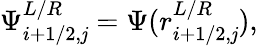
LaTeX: \Psi_{i+1/2,\mathit{j}}^{L/R}=\Psi(r_{i+1/2,\mathit{j}}^{L/R}),